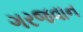
ગરજવાન